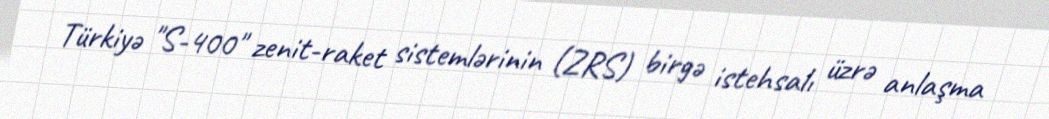
Türkiyə "S-400" zenit-raket sistemlərinin (ZRS) birgə istehsalı üzrə anlaşma